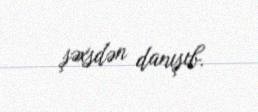
şəxsdən danışıb.